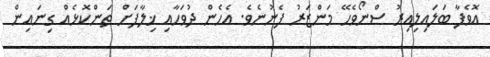
އޮވެފާ ބަލައިލިއިރު ސްނޯވެހޭ މަންޒަރު ފެނުނެވެ. އެހެން ދުވަހާއި ޚިލާފަށް ތަންކޮޅެއް ގިނައިން